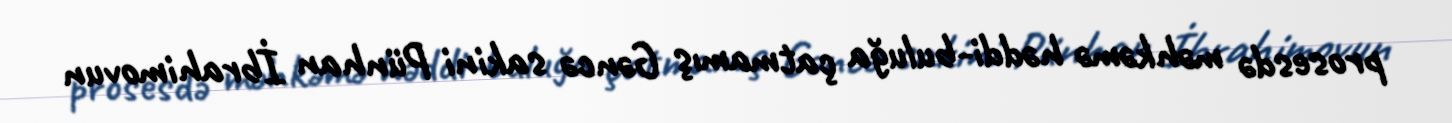
prosesdə məhkəmə həddi-buluğa çatmamış Gəncə sakini Pünhan İbrahimovun